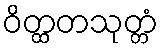
ဝိတ္ထတသုတ္တံ